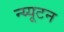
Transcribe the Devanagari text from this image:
न्य्यूटन